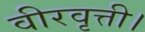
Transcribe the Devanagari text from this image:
वीरवृत्ती।